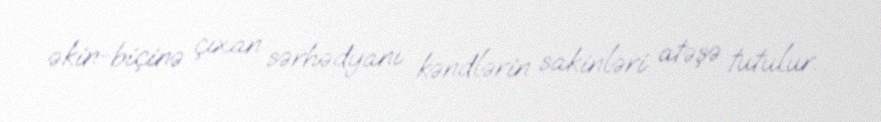
əkin-biçinə çıxan sərhədyanı kəndlərin sakinləri atəşə tutulur.